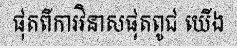
ផុតពីការវិនាសផុតពូជ យើង